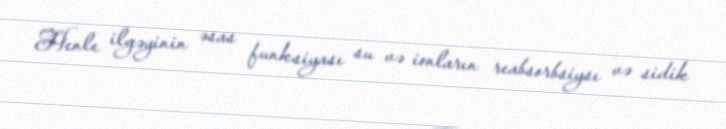
Henle ilgəyinin əsas funksiyası su və ionların reabsorbsiysı və sidik